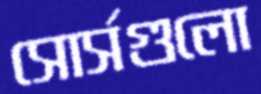
সোর্সগুলো